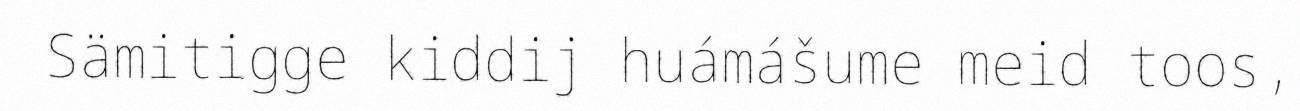
Sämitigge kiddij huámášume meid toos,